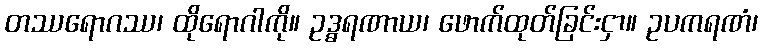
တဿရောဂဿ၊ ထိုရောဂါကို။ ဥဒ္ဓရဏာယ၊ ဖောက်ထုတ်ခြင်းငှာ။ ဥပကရဏံ၊